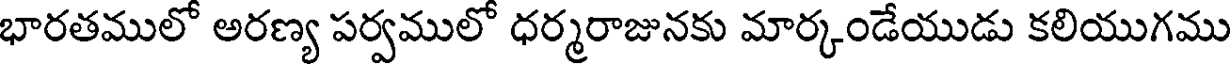
భారతములో అరణ్య పర్వములో ధర్మరాజునకు మార్కండేయుడు కలియుగము